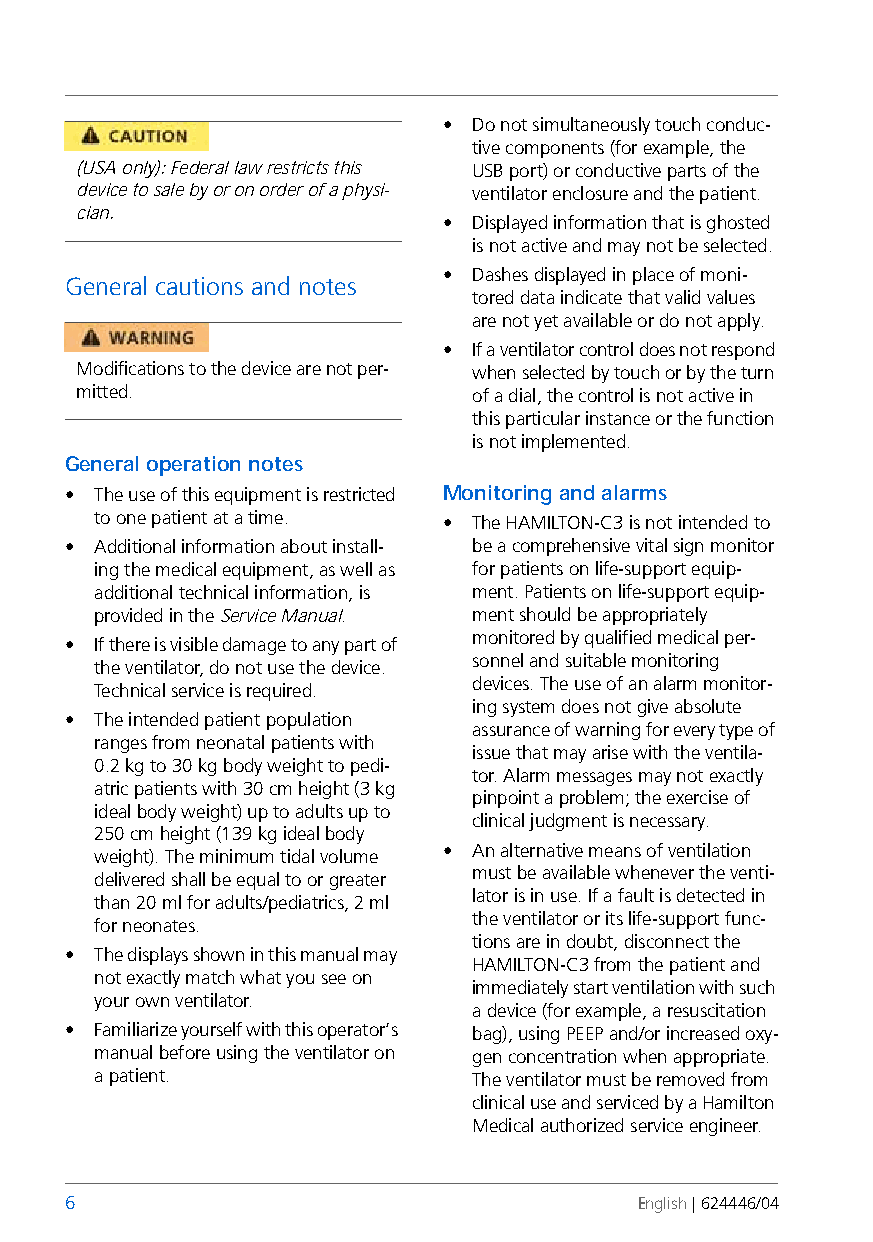
• Do not simultaneously touch conduc-
 tive components (for example, the
 (USA only): Federal law restricts this USB port) or conductive parts of the
 device to sale by or on order of a physi- ventilator enclosure and the patient.
 cian.
 • Displayed information that is ghosted
 is not active and may not be selected.
 • Dashes displayed in place of moni-
 General cautions and notes
 tored data indicate that valid values
 are not yet available or do not apply.
 • If a ventilator control does not respond
 Modifications to the device are not per- when selected by touch or by the turn
 mitted.                   of a dial, the control is not active in
 this particular instance or the function
 is not implemented.
 General operation notes
 • The use of this equipment is restricted Monitoring and alarms
 to one patient at a time. • The HAMILTON-C3 is not intended to
 • Additional information about install- be a comprehensive vital sign monitor
 ing the medical equipment, as well as for patients on life-support equip-
 additional technical information, is ment. Patients on life-support equip-
 provided in the Service Manual. ment should be appropriately
 monitored by qualified medical per-
 • If there is visible damage to any part of
 sonnel and suitable monitoring
 the ventilator, do not use the device.
 devices. The use of an alarm monitor-
 Technical service is required.
 ing system does not give absolute
 • The intended patient population
 assurance of warning for every type of
 ranges from neonatal patients with
 issue that may arise with the ventila-
 0.2 kg to 30 kg body weight to pedi-
 tor. Alarm messages may not exactly
 atric patients with 30 cm height (3 kg
 pinpoint a problem; the exercise of
 ideal body weight) up toadults up to
 clinical judgment is necessary.
 250 cm height (139 kg ideal body
 • An alternative means of ventilation
 weight). The minimum tidal volume
 must be available whenever the venti-
 delivered shall be equal to or greater
 lator is in use. If a fault is detected in
 than 20 ml for adults/pediatrics, 2 ml
 the ventilator or its life-support func-
 for neonates.
 tions are in doubt, disconnect the
 • The displays shown in this manual may
 HAMILTON-C3 from the patient and
 not exactly match what you see on
 immediately start ventilation with such
 your own ventilator.
 a device (for example, a resuscitation
 • Familiarize yourself with this operator’s bag), using PEEP and/or increased oxy-
 manual before using the ventilator on gen concentration when appropriate.
 a patient.               The ventilator must be removed from
 clinical use and serviced by a Hamilton
 Medical authorizedservice engineer.
 6                                     English | 624446/04